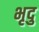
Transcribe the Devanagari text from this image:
भृदु